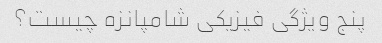
پنج ویژگی فیزیکی شامپانزه چیست؟